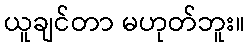
ယူချင်တာ မဟုတ်ဘူး။